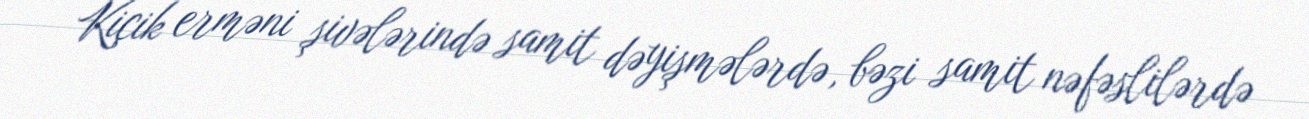
Kiçik erməni şivələrində samit dəyişmələrdə, bəzi samit nəfəslilərdə